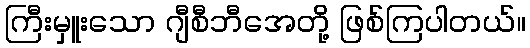
ကြီးမှူးသော ဂျီစီဘီအေတို့ ဖြစ်ကြပါတယ်။